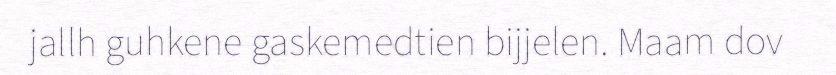
jallh guhkene gaskemedtien bijjelen. Maam dov